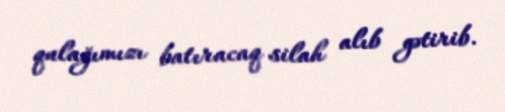
qulağımızı batıracaq silah alıb gətirib.